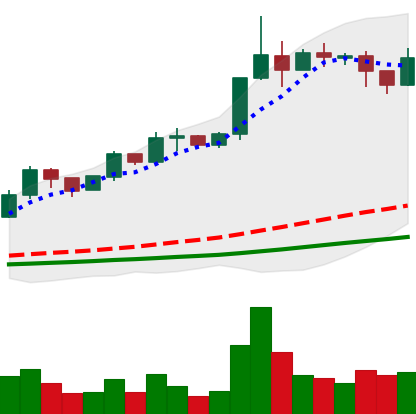
Ticker: ADA-USD
Chart end date: 2019-04-10
Forward return: -8.511%
Label: down_7plus